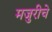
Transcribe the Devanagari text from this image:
मजुरीचे